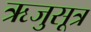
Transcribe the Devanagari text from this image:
ऋजुसूत्र